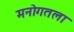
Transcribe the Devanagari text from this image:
मनोगतला